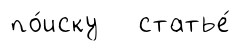
по́иску статье́